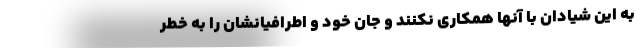
به این شیادان با آنها همکاری نکنند و جان خود و اطرافیانشان را به خطر